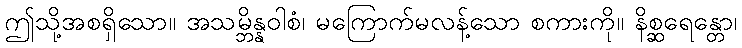
ဤသို့အစရှိသော။ အသမ္ဘိန္နဝါစံ၊ မကြောက်မလန့်သော စကားကို။ နိစ္ဆရေန္တော၊